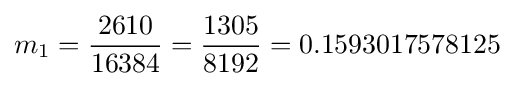
m_{1}={\frac {2610}{16384}}={\frac {1305}{8192}}=0.1593017578125